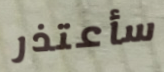
سأعتذر